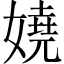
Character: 嬈